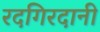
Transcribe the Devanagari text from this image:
रदगिरदानी